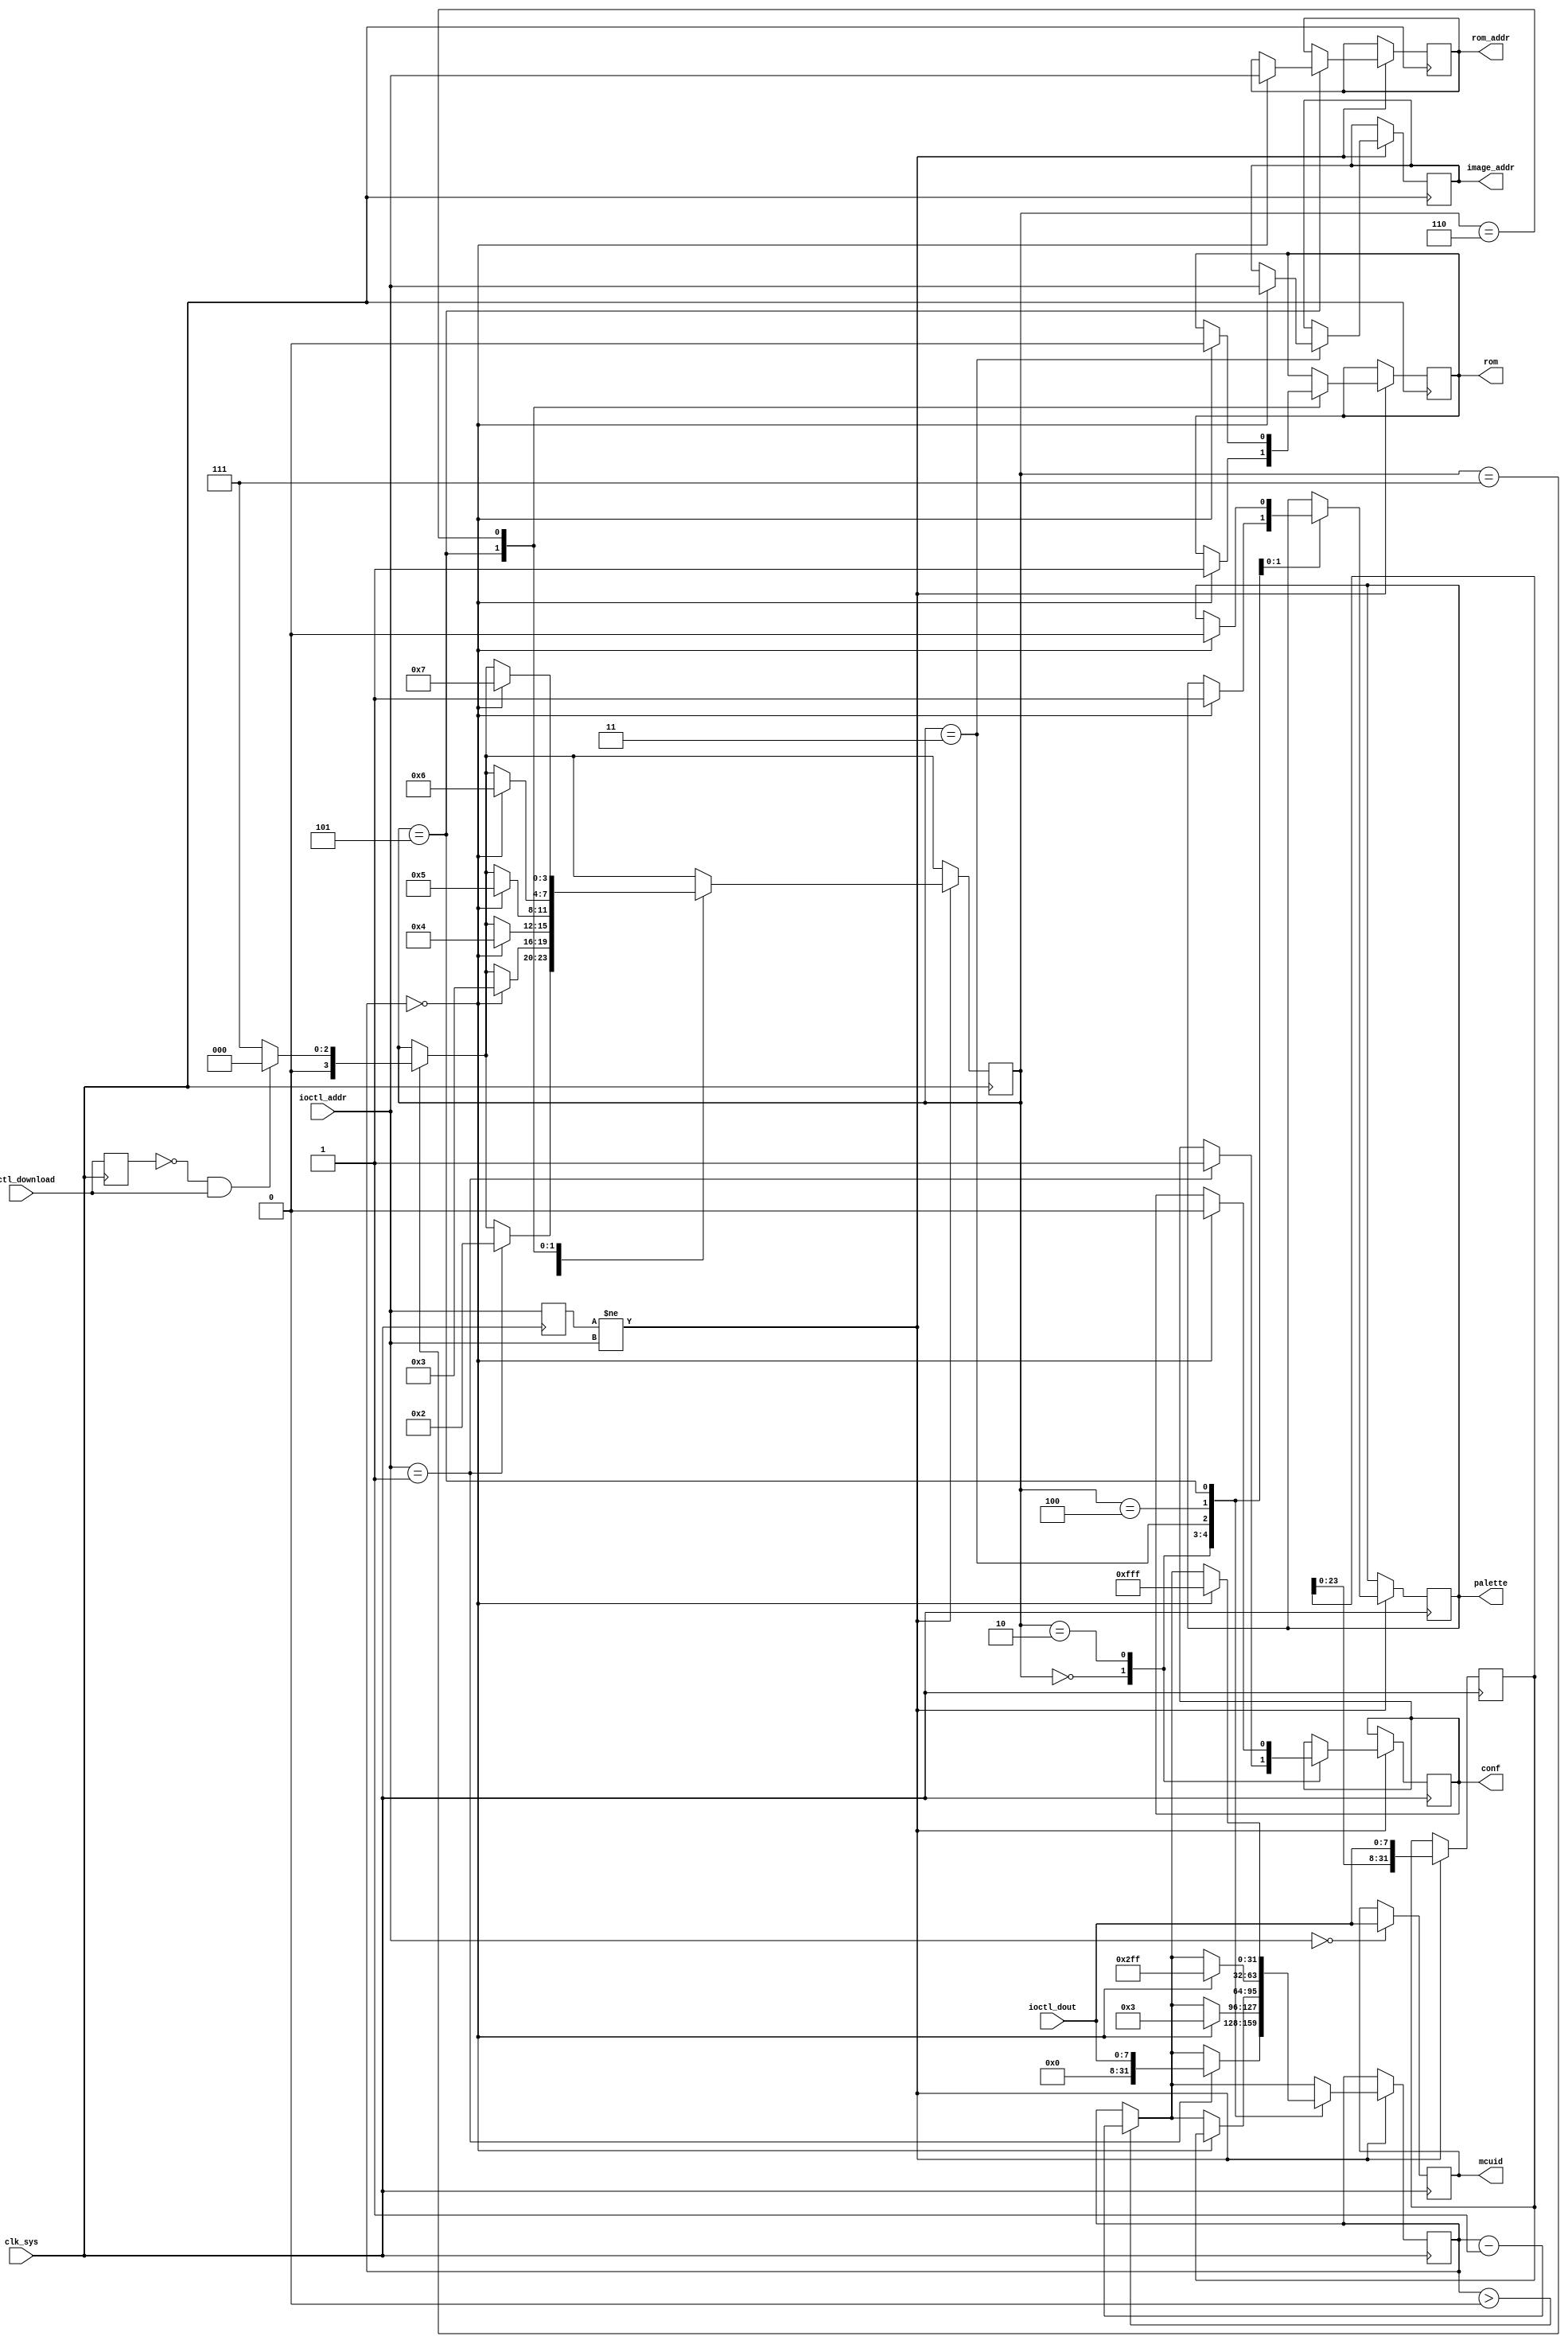

module rom_decode(
  input clk_sys,

  input [24:0] ioctl_addr,
  input ioctl_download,
  input [7:0] ioctl_dout,

  output reg conf,
  output reg palette,
  output reg rom,

  output reg [7:0] mcuid,
  output reg [24:0] image_addr,
  output reg [24:0] rom_addr
);

reg [3:0] state = 0;
reg [31:0] bytes_to_read, buffer;

parameter
  START = 4'd0,
  CONFIG_DATA = 4'd2,
  IMG_SIZE = 4'd3,
  IMG_DATA = 4'd4,
  PAL_DATA = 4'd5,
  ROM_DATA = 4'd6,
  IDLE = 4'd7;

reg ioctl_old_download;
reg [24:0] ioctl_old_addr;

always @(posedge clk_sys) begin
  ioctl_old_addr <= ioctl_addr;
  ioctl_old_download <= ioctl_download;
  if (ioctl_addr == 25'd0) mcuid <= ioctl_dout;

  if (state == IDLE) begin
    state <= ~ioctl_old_download & ioctl_download ? START : IDLE;
  end

  if (ioctl_old_addr != ioctl_addr) begin
    buffer <= { buffer[23:0], ioctl_dout };
    if (bytes_to_read > 0) bytes_to_read <= bytes_to_read - 32'd1;
    case (state)
      START: begin
        if (ioctl_addr == 25'd1) begin
          bytes_to_read <= ioctl_dout;
          state <= CONFIG_DATA;
          conf <= 1'b1;
        end
      end
      CONFIG_DATA: begin
        if (bytes_to_read == 0) begin
          state <= IMG_SIZE;
          bytes_to_read <= 32'd3;
          conf <= 1'b0;
        end
      end
      IMG_SIZE: begin
        if (bytes_to_read == 0) begin
          state <= IMG_DATA;
          bytes_to_read <= buffer;
          image_addr <= ioctl_addr;
        end
      end
      IMG_DATA: begin
        if (bytes_to_read == 0) begin
          state <= PAL_DATA;
          bytes_to_read <= 256*3-1;
          palette <= 1'b1;
        end
      end
      PAL_DATA: begin
        if (bytes_to_read == 0) begin
          state <= ROM_DATA;
          bytes_to_read <= 32'hfff;
          palette <= 1'b0;
          rom <= 1'b1;
          rom_addr <= ioctl_addr;
        end
      end
      ROM_DATA: begin
        if (bytes_to_read == 0) begin
          state <= IDLE;
          rom <= 1'b0;
        end
      end
    endcase
  end
end

endmodule